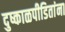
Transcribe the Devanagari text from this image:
दुष्काळपीडितांना